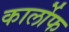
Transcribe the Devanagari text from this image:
कार्लोफ